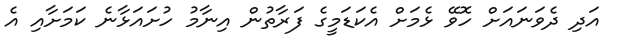
އަދި ދެވަނައަށް ހޮވޭ ޅެމަށް އެކަޑަމީގެ ފަރާތުން އިނާމު ހުށައަޅާނެ ކަމަށާއި އެ